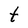
Character: t